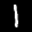
Label: 1